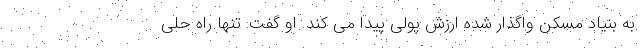
به بنیاد مسکن واگذار شده ارزش پولی پیدا می کند. او گفت: تنها راه حلی